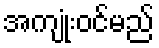
အကျုံးဝင်မည်